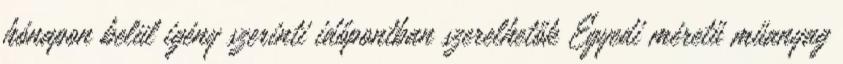
hónapon belül igény szerinti időpontban szerelhetők Egyedi méretű műanyag